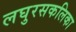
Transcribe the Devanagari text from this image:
लघुरसकलिका